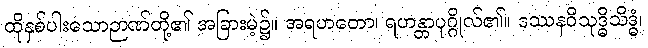
ထိုနှစ်ပါးသောဉာဏ်တို့၏ အခြားမဲ့၌။ အရဟတော၊ ရဟန္တာပုဂ္ဂိုလ်၏။ ဒဿနဝိသုဒ္ဓိသိဒ္ဓံ၊